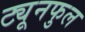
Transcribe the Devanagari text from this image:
ट्यूनफुल